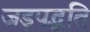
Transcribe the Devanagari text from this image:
जड़पद्धति